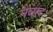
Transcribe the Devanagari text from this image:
पैवन्द